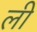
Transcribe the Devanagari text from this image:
ली